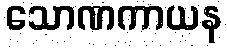
သောဏကာယန